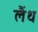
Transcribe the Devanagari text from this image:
लैंथ